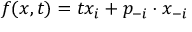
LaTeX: f ( x , t ) = t x _ { i } + p _ { - i } \cdot x _ { - i }